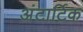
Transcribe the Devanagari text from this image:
अंटार्टिक